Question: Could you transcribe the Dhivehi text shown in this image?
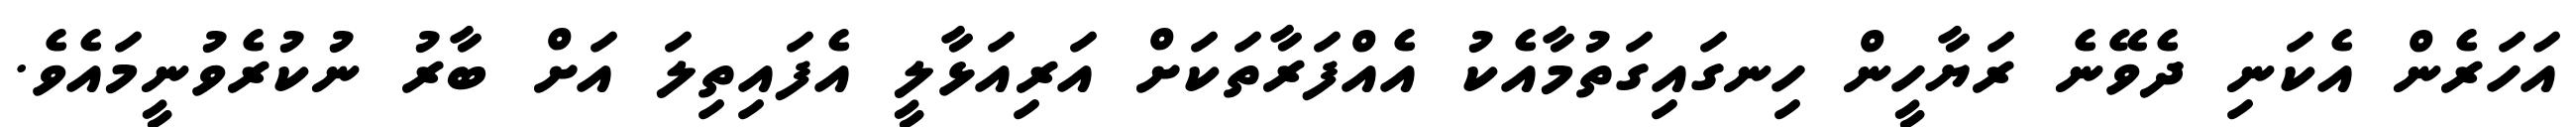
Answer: އަހަރެން އެކަނި ދެވޭނެ ރަޔާހީން ހިނގައިގަތުމާއެކު އެއްފަރާތަކަށް އަރިއަޅާލީ އެފައިތިލަ އަށް ބާރު ނުކުރެވުނީމައެވެ.